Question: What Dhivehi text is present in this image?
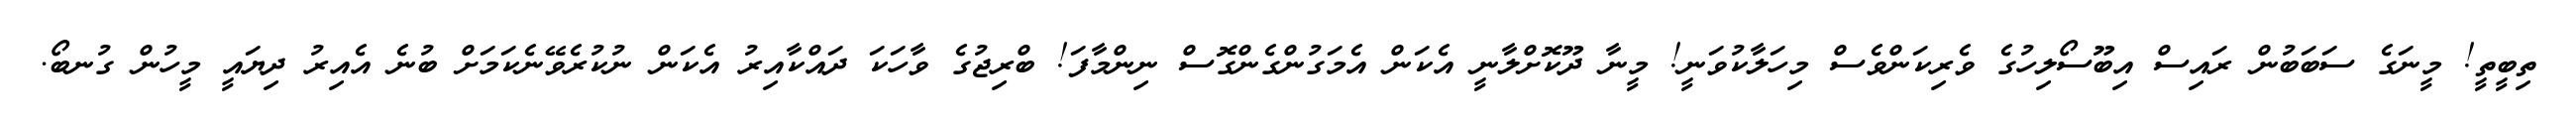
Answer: ތިބީތީ! މީނަގެ ސަބަބުން ރައިސް އިބޫސޯލިހުގެ ވެރިކަންވެސް މިހަލާކުވަނީ! މީނާ ދޫކޮށްލާނީ އެކަން އެމަގުންގެންގޮސް ނިންމާފަ! ބްރިޖުގެ ވާހަކަ ދައްކާއިރު އެކަން ނުކުރެވޭނެކަމަށް ބުނެ އެއިރު ދިޔައީ މީހުން ގުނބޯ.